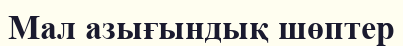
Мал азығындық шөптер